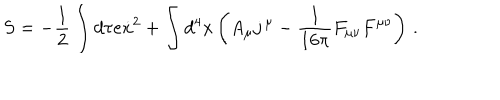
LaTeX: S = - \frac 1 2 \int d \tau e \dot { x } ^ { 2 } + \int d ^ { 4 } x \left( A _ { \mu } j \, { } ^ { \mu } - \frac { 1 } { 1 6 \pi } F _ { \mu \nu } F ^ { \mu \nu } \right) \, .